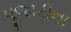
પૂજારીના